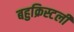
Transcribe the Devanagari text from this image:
बहुक्रिस्टली